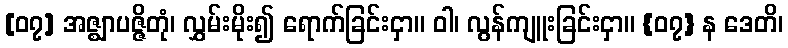
[၀၇] အဇ္ဈာပဇ္ဇိတုံ၊ လွှမ်းမိုး၍ ရောက်ခြင်းငှာ။ ဝါ၊ လွန်ကျူးခြင်းငှာ။ {၀၇} န ဒေတိ၊